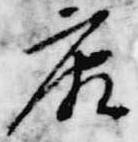
康